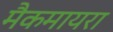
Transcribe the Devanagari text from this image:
मैकमायरा